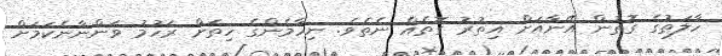
ހާލަތުގެ ގޮތުން އޭނާއަށް އިތުރު ގޮތެއް ނެތެވެ. ނިހާމެންގެ ހިތަށް ރަހުމު ވަންނާނެކަމަށް